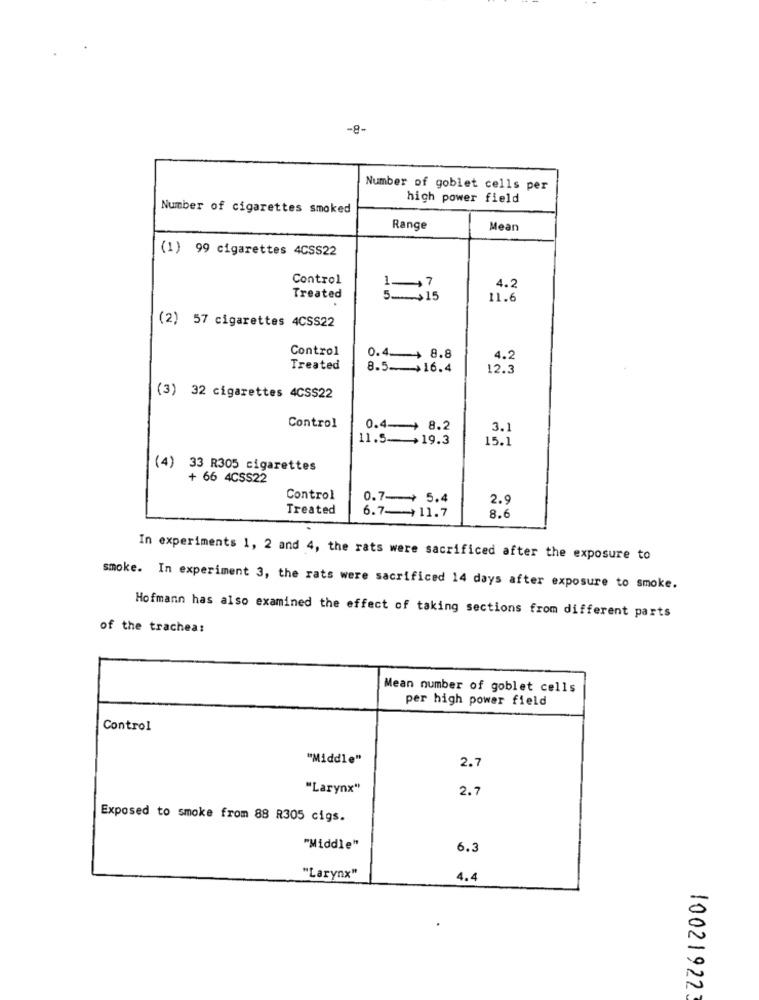
-8-
Number of goblet cells per
high power field
Number of cigarettes smoked
Range
Mean
(1) 99 cigarettes 4CSS22
Control
4.2
Treated
5_$15
15
11.6
(2) 57 cigarettes 4CSS22
Control
0.4_ 8.8
4.2
Treated
8.5-16.4
12.3
(3) 32 cigarettes 4CSS22
Control
0.4-+ 8.2
3.1
11.5-+19.3
15.1
(4) 33 R305 cigarettes
+ 66 4CSS22
Control
0.7-> 5.4
2.9
Treated
6.7-11.7
8.6
In experiments 1, 2 and 4, the rats were sacrificed after the exposure to
smoke. In experiment 3, the rats were sacrificed 14 days after exposure to smoke.
Hofmann has also examined the effect of taking sections from different parts
of the trachea:
Mean number of goblet cells
per high power field
Control
"Middle"
2.7
"Larynx"
2.7
Exposed to smoke from 88 R305 cigs.
"Middle"
6.3
"Larynx"
4.4
100219223